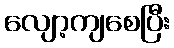
လျော့ကျစေပြီး